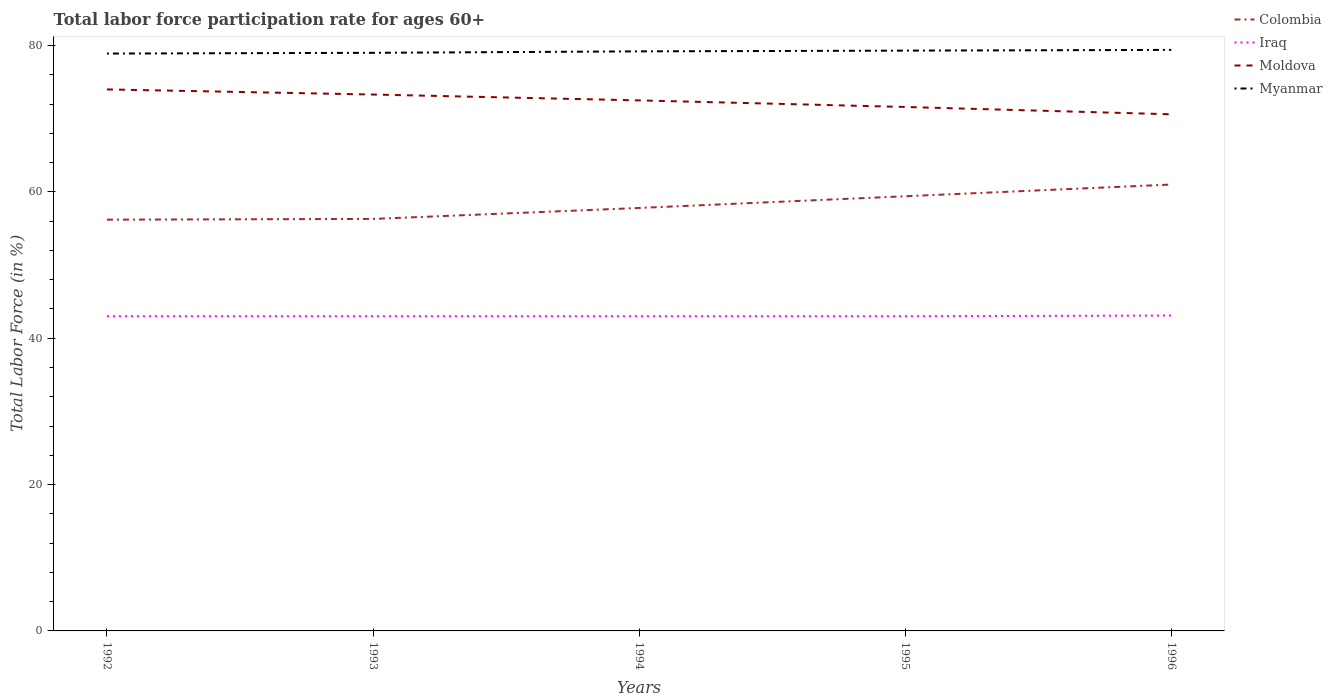
| Years | Colombia | Iraq | Moldova | Myanmar |
 | --- | --- | --- | --- | --- |
 | 1992 | 56.2 | 43 | 74 | 78.9 |
 | 1993 | 56.3 | 43 | 73.3 | 79 |
 | 1994 | 57.8 | 43 | 72.5 | 79.2 |
 | 1995 | 59.4 | 43 | 71.6 | 79.3 |
 | 1996 | 61 | 43.1 | 70.6 | 79.4 |